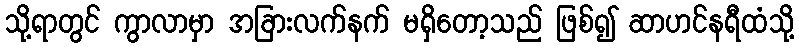
သို့ရာတွင် ကွာလာမှာ အခြားလက်နက် မရှိတော့သည် ဖြစ်၍ ဆာဟင်နရီထံသို့